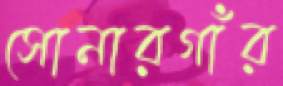
সোনারগাঁর